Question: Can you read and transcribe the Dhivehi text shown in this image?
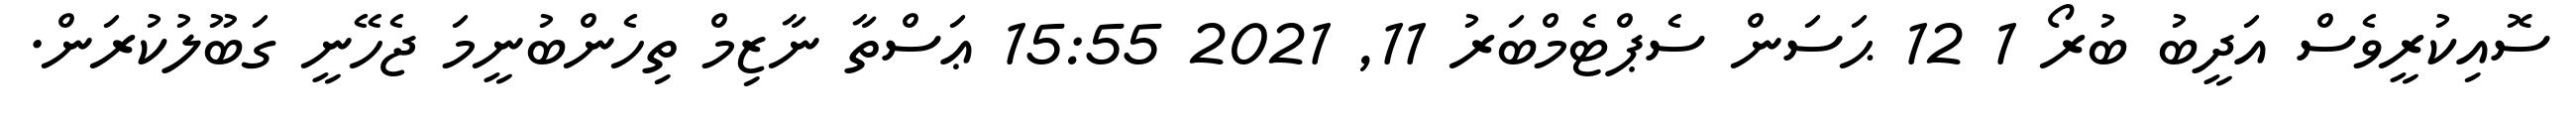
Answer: ސޮއިކުރީވެސް އަދީބު ބުރޯ 1 12 ޙަސަން ސެޕްޓެމްބަރު 11, 2021 15:55 ޢަސްތާ ނާޒިމް ތިހެންބުނީމަ ޖެހޭނީ ގަބޫލުކުރަން.